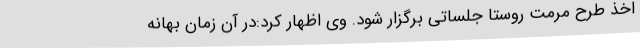
اخذ طرح مرمت روستا جلساتی برگزار شود. وی اظهار کرد:در آن زمان بهانه